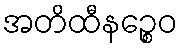
အတိထီနဉ္စေဝ